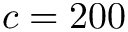
c = 2 0 0